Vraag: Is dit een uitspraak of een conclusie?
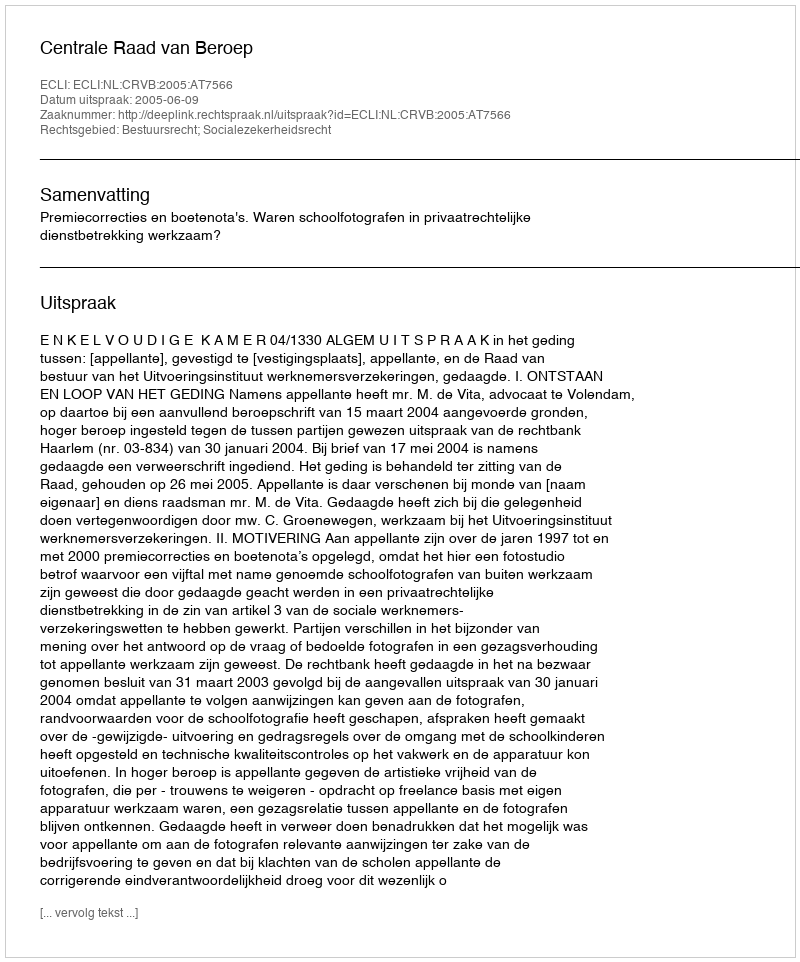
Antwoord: Uitspraak